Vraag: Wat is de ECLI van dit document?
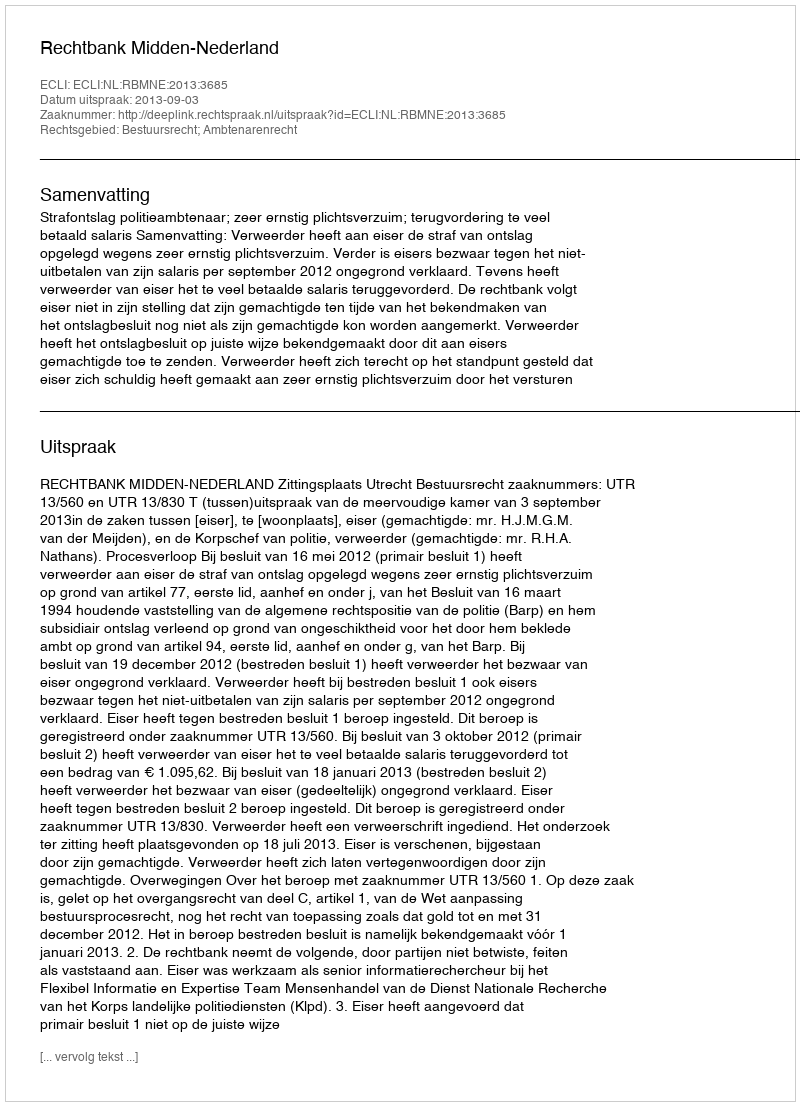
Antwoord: ECLI:NL:RBMNE:2013:3685